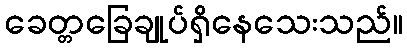
ခေတ္တခြေချုပ်ရှိနေသေးသည်။